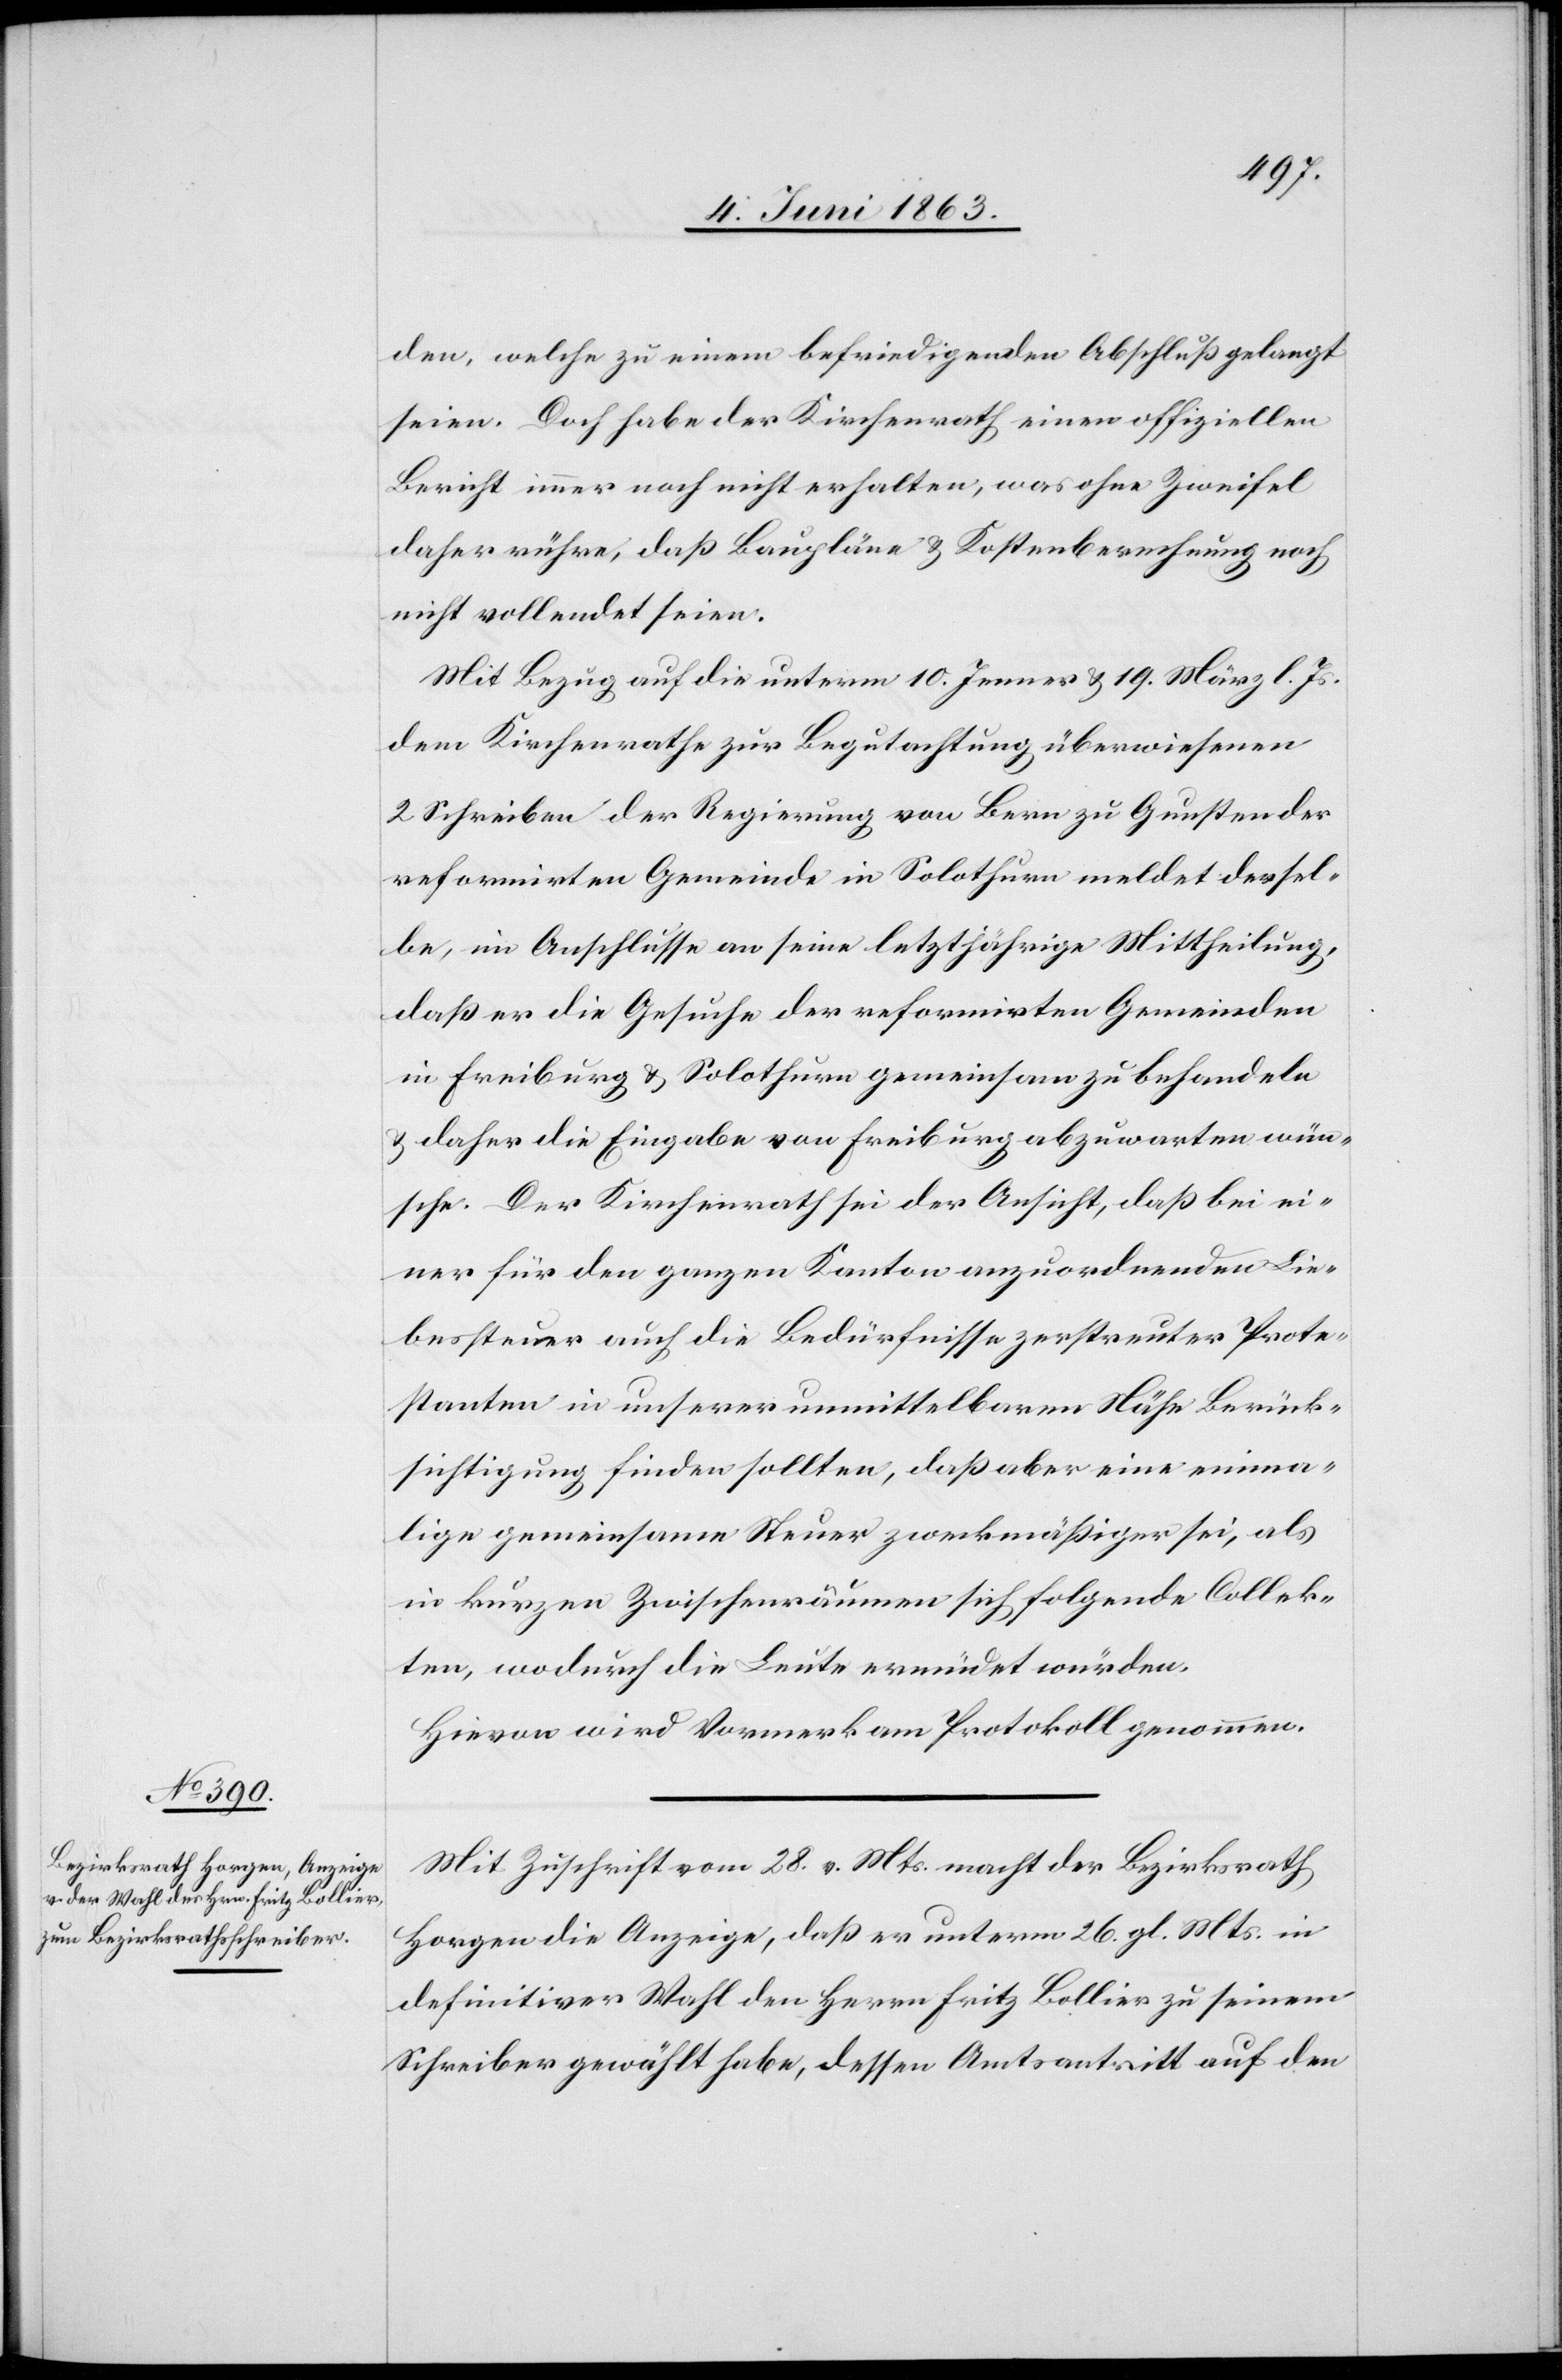
den, welche zu einem befriedigenden Abschluß gelangt
seien. Doch habe der Kirchenrath einen offiziellen
Bericht immer noch nicht erhalten, was ohne Zweifel
daher rühre, daß Baupläne & Kostenberechnung noch
nicht vollendet seien.
Mit Bezug auf die unterm 10. Jenner & 19. März l. Js.
dem Kirchenrathe zur Begutachtung überwiesenen
2 Schreiben der Regierung von Bern zu Gunsten der
reformirten Gemeinde in Solothurn meldet dersel¬
be, im Anschlusse an seine letztjährige Mittheilung,
daß er die Gesuche der reformirten Gemeinden
in Freiburg & Solothurn gemeinsam zu behandeln
& daher die Eingabe von Freiburg abzuwarten wün¬
sche. Der Kirchenrath sei der Ansicht, daß bei ei¬
ner für den ganzen Kanton anzuordnenden Lie¬
bessteuer auch die Bedürfnisse zerstreuter Prote¬
stanten in unserer unmittelbaren Nähe Berück¬
sichtigung finden sollten, daß aber eine einma¬
lige gemeinsame Steuer zweckmäßiger sei, als
in kurzen Zwischenräumen sich folgende Collek¬
ten, wodurch die Leute ermüdet würden.
Hievon wird Vormerk am Protokoll genommen.
Mit Zuschrift vom 28. v. Mts. macht der Bezirksrath
Horgen die Anzeige, daß er unterm 26. gl. Mts. in
definitiver Wahl den Herrn Fritz Bollier zu seinem
Schreiber gewählt habe, dessen Amtsantritt auf den